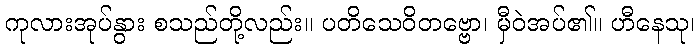
ကုလားအုပ်နွား စသည်တို့လည်း။ ပတိသေဝိတဗ္ဗော၊ မှီဝဲအပ်၏။ ဟီနေသု၊